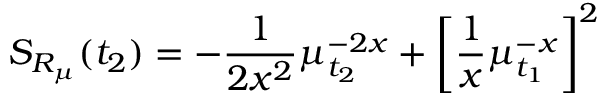
S _ { R _ { \mu } } ( t _ { 2 } ) = - \frac { 1 } { 2 x ^ { 2 } } \mu _ { t _ { 2 } } ^ { - 2 x } + \left[ \frac { 1 } { x } \mu _ { t _ { 1 } } ^ { - x } \right] ^ { 2 }